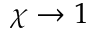
\chi \to 1